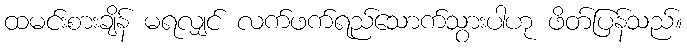
ထမင်းစားချိန် မရလျှင် လက်ဖက်ရည်သောက်သွားပါဟု ဖိတ်ပြန်သည်။